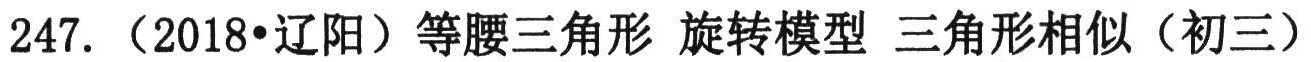
\(247.\)（2018•辽阳）等腰三角形 旋转模型 三角形相似（初三）